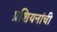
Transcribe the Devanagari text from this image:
प्रशियनांची